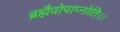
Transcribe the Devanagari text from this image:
ब्रह्मैवोपाप्नोति।।